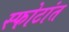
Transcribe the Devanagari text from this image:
स्फोटांत